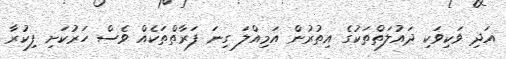
އަދި ވަކިވަކި ދައުލަތްތަކުގެ އިތުރުން އަމިއްލަ ގިނަ ފަރާތްތަކެއް ވެސް ހަރުކަށި ފިކުރާ